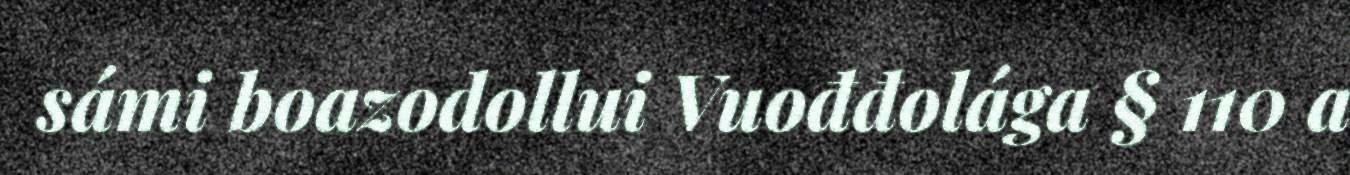
sámi boazodollui Vuođđolága § 110 a